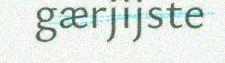
gærjijste